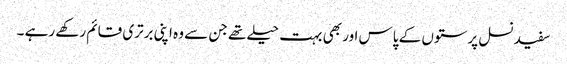
سفید نسل پرستوں کے پاس اور بھی بہت حیلے تھے جن سے وہ اپنی برتری قائم رکھے رہے ۔